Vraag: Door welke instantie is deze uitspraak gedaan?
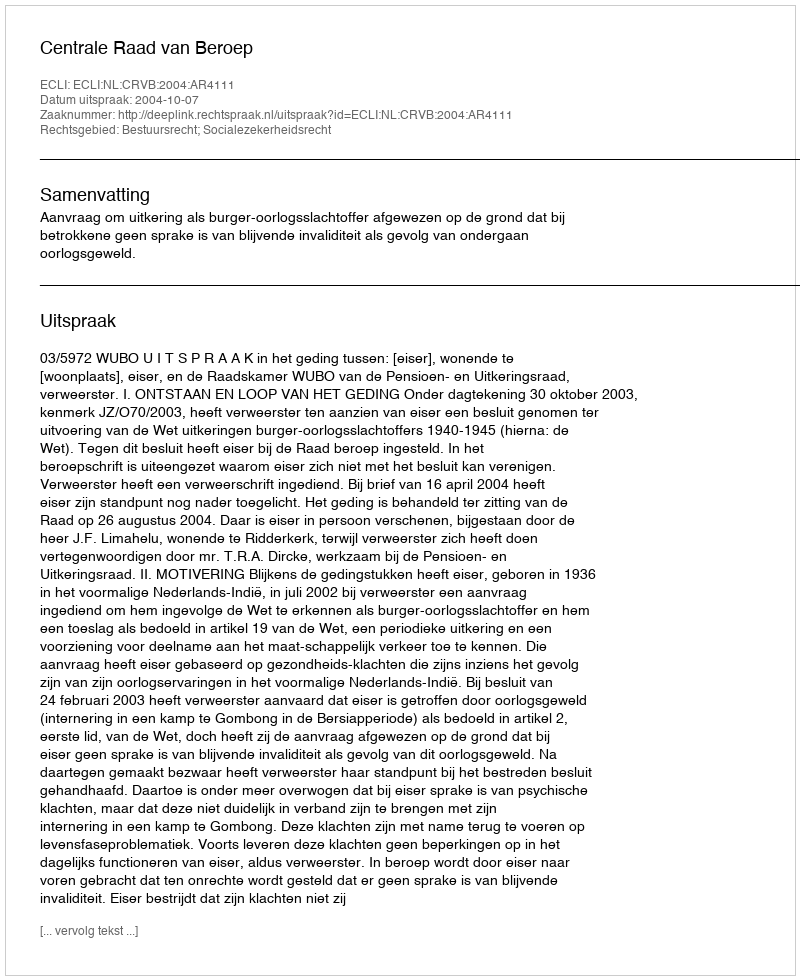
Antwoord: Centrale Raad van Beroep